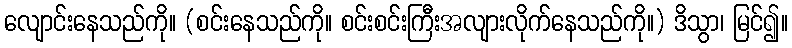
လျောင်းနေသည်ကို။ (စင်းနေသည်ကို။ စင်းစင်းကြီးအလျားလိုက်နေသည်ကို။) ဒိသွာ၊ မြင်၍။